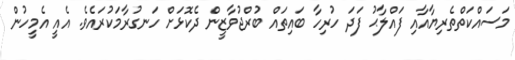
މަސައްކަތްތެރިޔާއާއި ފައްލާޙު ފަދަ ހުރިހާ ބައިތައް ބުރްޖުވާޒީން ދެކޮޅަށް ހަނގުރާމަކުރައެވެ. އެއީ އެމީހުން